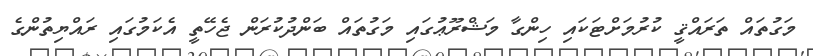
މަގުތައް ތަރައްޤީ ކުރުމަށްޓަކައި ހިންގާ މަޝްރޫޢުގައި މަގުތައް ބަންދުކުރަން ޖެހޭތީ އެކަމުގައި ރައްޔިތުންގެ